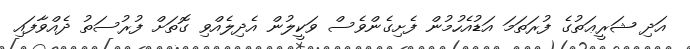
އަދި ޝަރީޢަތުގެ ފުރަތަމަ އަޑުއެހުމުން ފެށިގެންވެސް ވަކީލުން އެދިލެއްވި ގޮތަށް ފުރުސަތު ދެއްވާފައި